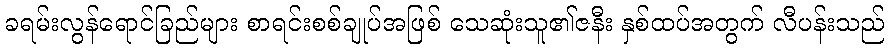
ခရမ်းလွန်ရောင်ခြည်များ စာရင်းစစ်ချုပ်အဖြစ် သေဆုံးသူ၏ဇနီး နှစ်ထပ်အတွက် လီပန်းသည်